Vaccination in the Punjab 1883-1896 - 1883-1896
Year: 1883
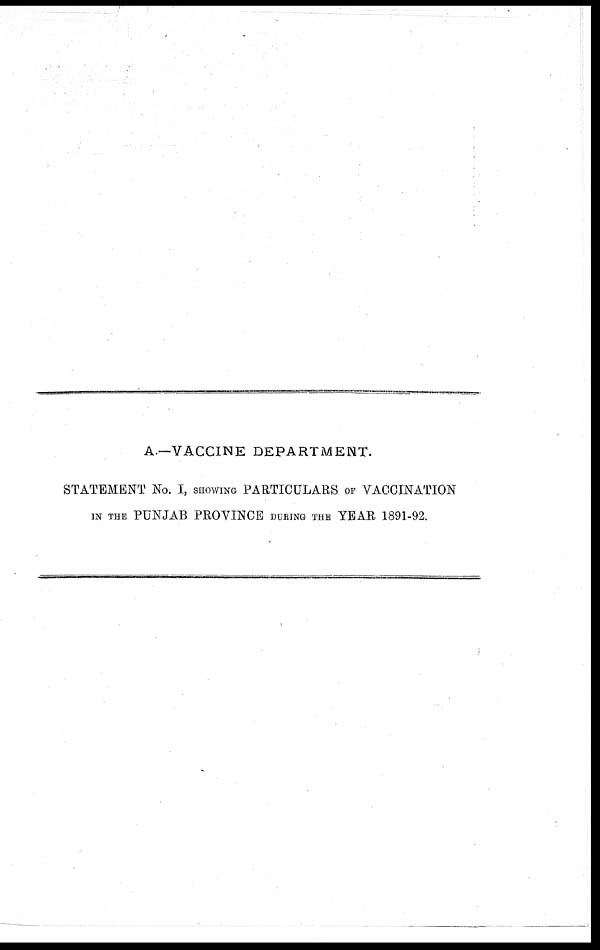
A.—VACCINE DEPARTMENT.
STATEMENT No. I, SHOWING PARTICULARS OF VACCINATION
IN THE PUNJAB PROVINCE DURING THE YEAR 1891-92.